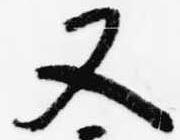
又